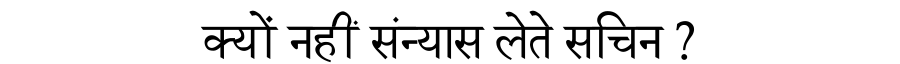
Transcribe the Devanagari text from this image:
क्यों नहीं संन्यास लेते सचिन ?